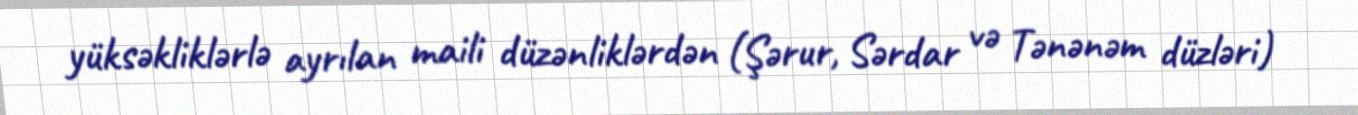
yüksəkliklərlə ayrılan maili düzənliklərdən (Şərur, Sərdar və Tənənəm düzləri)